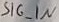
Text: SIG_IN